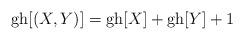
LaTeX: \begin{align*}{\rm gh}[(X,Y)]={\rm gh}[X]+{\rm gh}[Y]+1\end{align*}